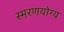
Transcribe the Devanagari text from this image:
स्मरणयोग्य